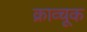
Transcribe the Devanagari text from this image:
क्राव्चूक